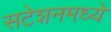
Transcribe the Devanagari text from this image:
सटेशनमध्ये